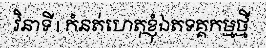
វិនាទី | កំនត់ហេតុខ្ញុំឯតទគ្គកម្មថ្មី